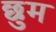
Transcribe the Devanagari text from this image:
छुम